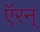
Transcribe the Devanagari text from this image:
ऍरन्